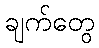
ချက်တွေ